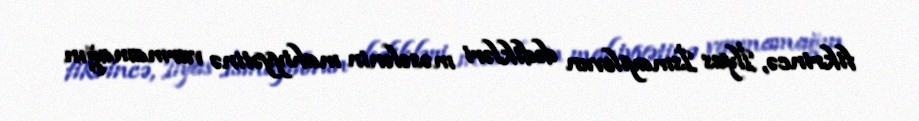
fikrincə, İlyas İsmayılovun dedikləri məsələnin mahiyyətinə varmamağın